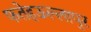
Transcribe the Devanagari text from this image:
फतेहऊल्लापुर